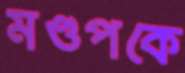
মণ্ডপকে